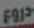
دروع